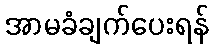
အာမခံချက်ပေးရန်